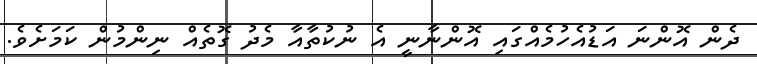
ދެން އޮންނަ އަޑުއެހުމެއްގައި އޮންނާނީ އެ ނުކުތާއާ މެދު ގޮތެއް ނިންމުން ކަމަށެވެ.